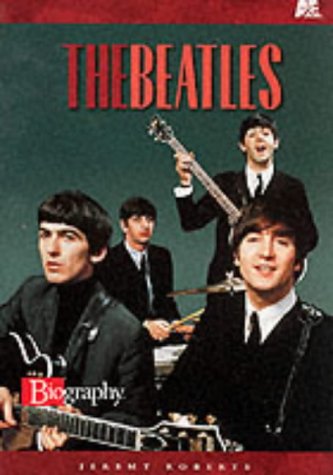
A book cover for The Beatles (A & E Biography (Lerner Paperback)); Jeremy Roberts; Teen & Young Adult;